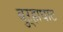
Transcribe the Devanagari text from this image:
बुऱ्हाघाट